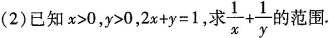
(2)已知$$x > 0$$，$$y > 0$$，$$2 x + y = 1$$，求$$\frac { 1 } { x } + \frac { 1 } { y }$$的范围